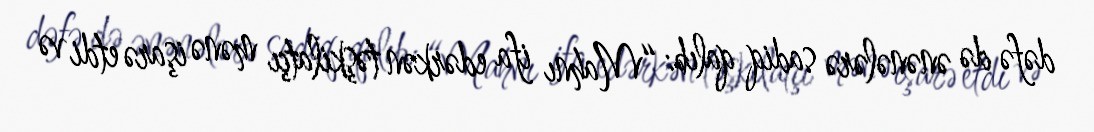
dəfə də ənənələrə sadiq qalıb: “Mahnı ifa edərkən təşkilatçı mənə işarə etdi və